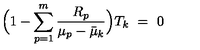
\Bigl ( 1 - \sum _ { p = 1 } ^ { m } \frac { R _ { p } } { \mu _ { p } - \bar { \mu } _ { k } } \Bigr ) T _ { k } \ = \ 0